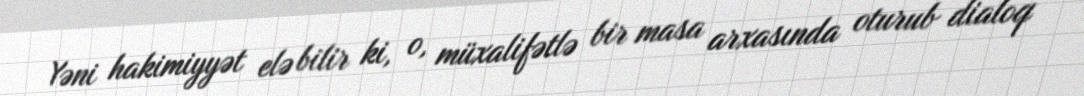
Yəni hakimiyyət elə bilir ki, o, müxalifətlə bir masa arxasında oturub dialoq